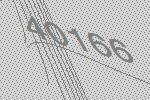
40166